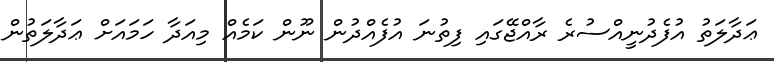
ޢަދާލަތު އުފެދުނީއްސުރެ ރާއްޖޭގައި ފިތުނަ އުފެއްދުން ނޫން ކަމެއް މިއަދާ ހަމައަށް ޢަދާލަތުން